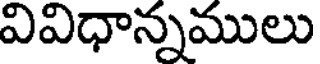
వివిధాన్నములు